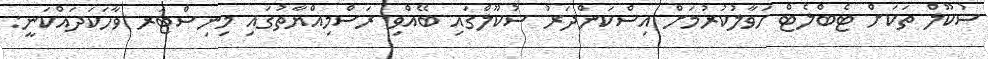
ސުކޫލް ތަކަށް ޓެބްލެޓް ހަވާލުކުރުމަށް އިސްކަންދަރު ސުކޫލްގައި ބޭއްވި ރަސްމިއްޔާތުގައި މިނިސްޓަރ ވާހަކަދައްކަނީ: